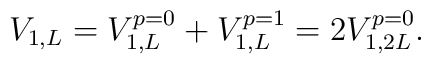
V_{1,L} = V_{1,L}^{p=0} + V_{1,L}^{p=1} = 2 V_{1,2L}^{p=0} .